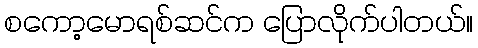
စကော့မောရစ်ဆင်က ပြောလိုက်ပါတယ်။